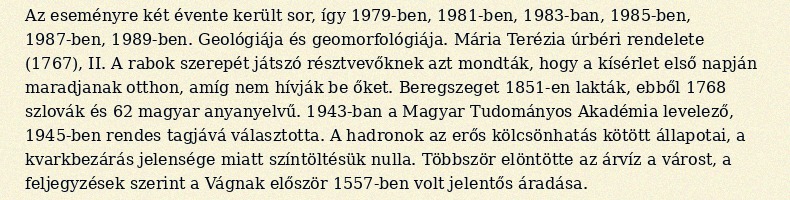
Az eseményre két évente került sor, így 1979-ben, 1981-ben, 1983-ban, 1985-ben, 1987-ben, 1989-ben. Geológiája és geomorfológiája. Mária Terézia úrbéri rendelete (1767), II. A rabok szerepét játszó résztvevőknek azt mondták, hogy a kísérlet első napján maradjanak otthon, amíg nem hívják be őket. Beregszeget 1851-en lakták, ebből 1768 szlovák és 62 magyar anyanyelvű. 1943-ban a Magyar Tudományos Akadémia levelező, 1945-ben rendes tagjává választotta. A hadronok az erős kölcsönhatás kötött állapotai, a kvarkbezárás jelensége miatt színtöltésük nulla. Többször elöntötte az árvíz a várost, a feljegyzések szerint a Vágnak először 1557-ben volt jelentős áradása.